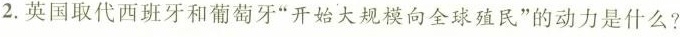
2.英国取代西班牙和葡萄牙”开始大规模向全球殖民”的动力是什么?